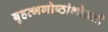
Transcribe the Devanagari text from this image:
बृहत्भगोष्ठांभोवती